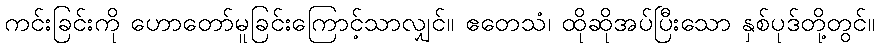
ကင်းခြင်းကို ဟောတော်မူခြင်းကြောင့်သာလျှင်။ ဧတေသံ၊ ထိုဆိုအပ်ပြီးသော နှစ်ပုဒ်တို့တွင်။